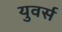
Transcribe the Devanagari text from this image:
युवर्स